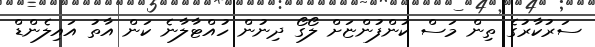
ސަރުކާރުގެ ތިން މަސް ކުންފުންޏަށް ލޯގޯ ދިނުން ހުއްޓާލާނެ ކަން އާތު އައިލެންޑް